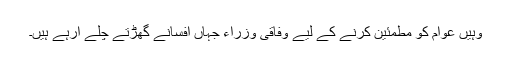
وہیں عوام کو مطمئین کرنے کے لیے وفاقی وزراء جہاں افسانے گھڑتے چلے آرہے ہیں۔